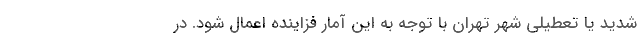
شدید یا تعطیلی شهر تهران با توجه به این آمار فزاینده اعمال شود. در